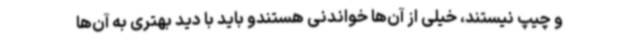
و چیپ نیستند، خیلی از آن‌ها خواندنی هستندو باید با دید بهتری به آن‌ها